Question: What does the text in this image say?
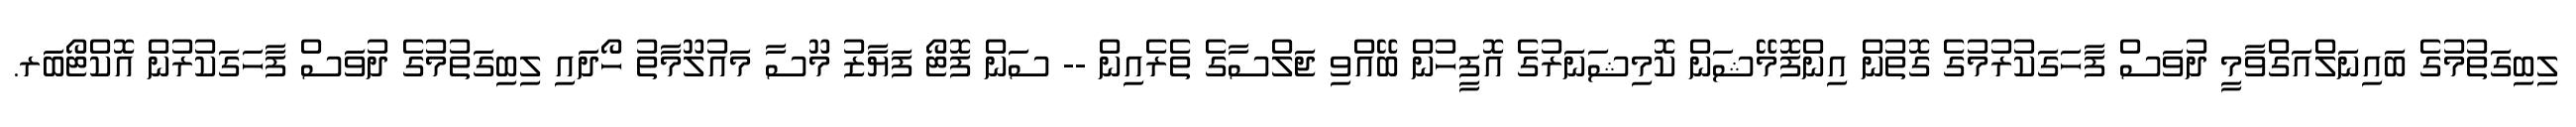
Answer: ލިބިގަތުމުގެ ބައިނަލްއަގްވާމީ ދުވަސް ފާހަގަކުރުމުގެ ގޮތުން އިންފޮމޭޝަން ކޮމިޝަނަރުގެ އޮފީހުން ބޭއްވި ޖަލްސާގެ ތެރެއިން -- ސަން ފޮޓޯ ފަޔާޒު މޫސާ މައުލޫމާތު ހޯދައި ލިބިގަތުމުގެ ދުވަސް ފާހަގަކުރުން އޮކްޓޯބަރ.